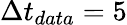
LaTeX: \Delta t_{data}=5